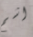
اشم